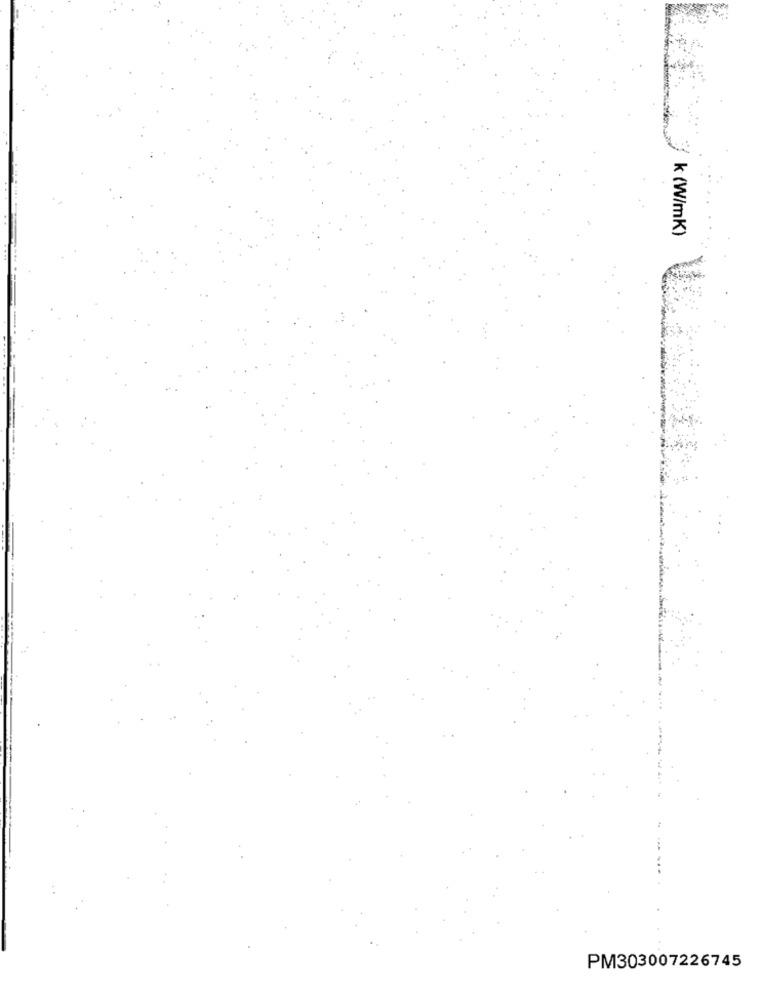
k (W/mK)
PM303007226745